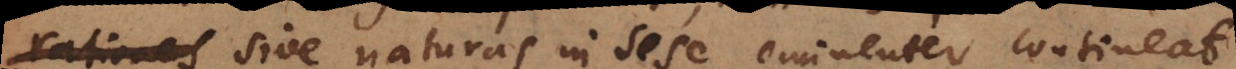
rationes sive naturas in sese eminenter contineat.